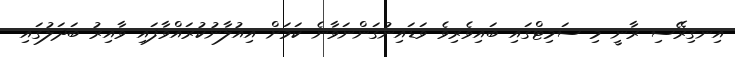
އިނގިރޭސި ރާނީ މި ސަމިޓްގައި ބައިވެރިވެ ވަޑައިނުގަންނަވާނެ ކަމަށް އިއުލާނުކުރައްވާފައި ވާއިރު ބަދަލުގައި